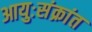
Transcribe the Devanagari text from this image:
आयुःसंक्रांत